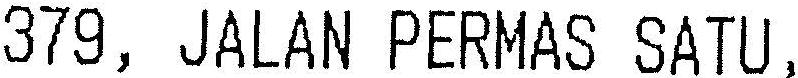
379, JALAN PERMAS SATU,